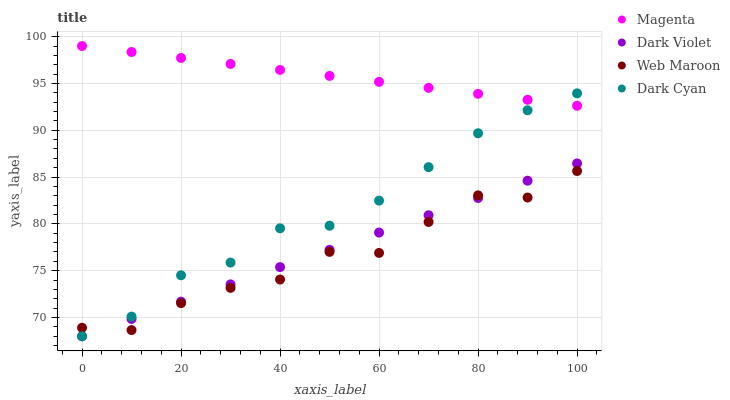
| xaxis_label | Magenta | Dark Violet | Web Maroon | Dark Cyan |
 | --- | --- | --- | --- | --- |
 | 0 | 99 | 68 | 68.9 | 68 |
 | 10 | 98.4 | 69.8 | 68.7 | 70.1 |
 | 20 | 97.7 | 71.7 | 71.5 | 74.5 |
 | 30 | 97.1 | 73.5 | 73.2 | 75.9 |
 | 40 | 96.4 | 75.4 | 74.1 | 79.5 |
 | 50 | 95.8 | 77.2 | 77 | 79.8 |
 | 60 | 95.2 | 79.1 | 76.9 | 82.5 |
 | 70 | 94.5 | 80.9 | 80.2 | 86.1 |
 | 80 | 93.9 | 82.8 | 83 | 89.7 |
 | 90 | 93.3 | 84.6 | 82.8 | 92.1 |
 | 100 | 92.6 | 86.5 | 85.6 | 93.9 |